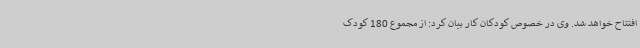
افتتاح خواهد شد. وی در خصوص کودکان کار بیان کرد: از مجموع 180 کودک